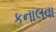
કનાલવા